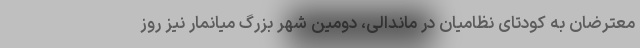
معترضان به کودتای نظامیان در ماندالی، دومین شهر بزرگ میانمار نیز روز